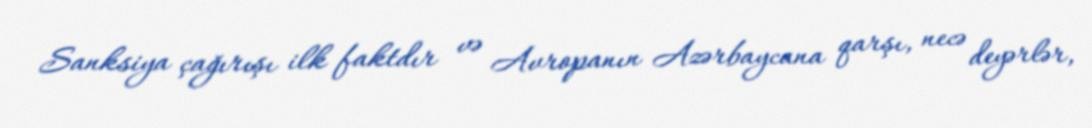
Sanksiya çağırışı ilk faktdır və Avropanın Azərbaycana qarşı, necə deyərlər,